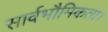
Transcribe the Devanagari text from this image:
सार्वभौमिकता।